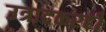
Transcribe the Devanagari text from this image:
उत्रादकरही